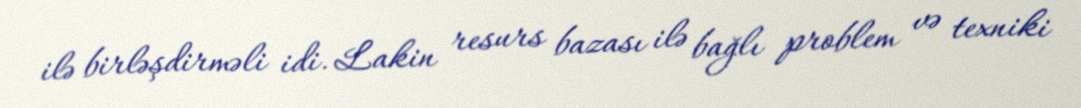
ilə birləşdirməli idi. Lakin resurs bazası ilə bağlı problem və texniki